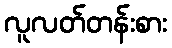
လူလတ်တန်းစား